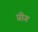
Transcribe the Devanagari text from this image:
प्रीग